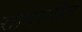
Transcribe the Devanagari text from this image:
सावरतील